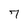
Character: 7